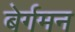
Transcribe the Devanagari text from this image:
बेर्गमन